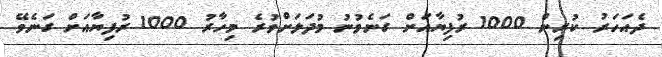
ދެއަހަރު ކުރިން 1000 ރުފިޔާއަށް ގަނެވުނު މުދަލަށްވުރެ މިހާރު 1000 ރުފިޔާއަށް ގަނެވޭ